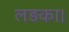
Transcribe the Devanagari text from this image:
लड़का।